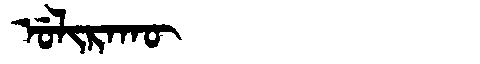
Manchu: ᡠᠯᡳᡵᠠᡴᡡ
Romanization: ULIRAKŪ